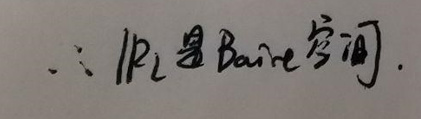
\(\therefore IR_L \text{ 是 Baire 空间}.\)